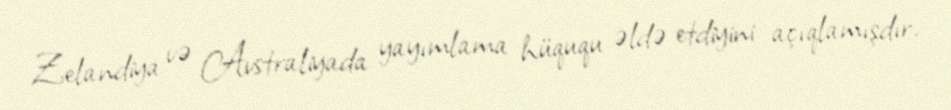
Zelandiya və Avstraliyada yayımlama hüququ əldə etdiyini açıqlamışdır.